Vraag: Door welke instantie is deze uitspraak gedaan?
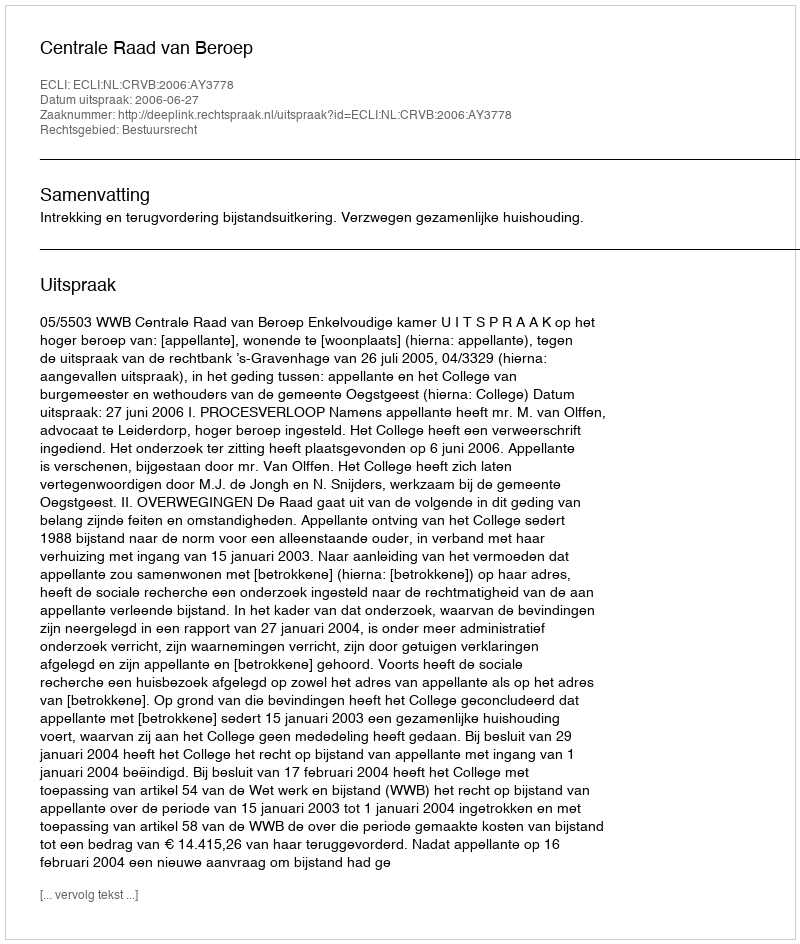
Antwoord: Centrale Raad van Beroep